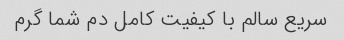
سریع سالم با کیفیت کامل دم شما گرم